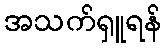
အသက်ရှူရန်